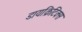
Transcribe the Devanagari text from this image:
डायक्रिटिक्स